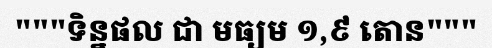
"""ទិន្នផល ជា មធ្យម ១,៩ តោន"""